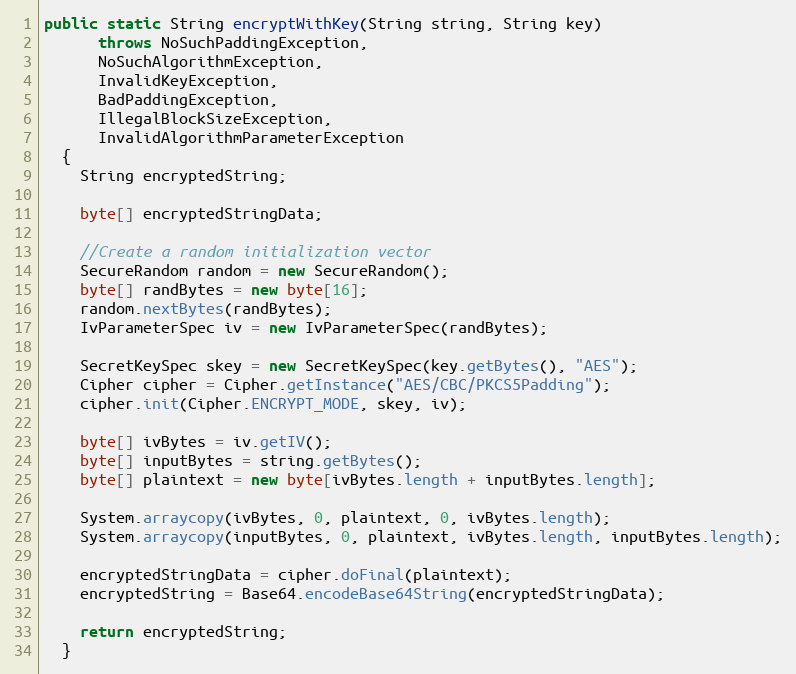
Language: Java
public static String encryptWithKey(String string, String key)
      throws NoSuchPaddingException,
      NoSuchAlgorithmException,
      InvalidKeyException,
      BadPaddingException,
      IllegalBlockSizeException,
      InvalidAlgorithmParameterException
  {
    String encryptedString;

    byte[] encryptedStringData;

    //Create a random initialization vector
    SecureRandom random = new SecureRandom();
    byte[] randBytes = new byte[16];
    random.nextBytes(randBytes);
    IvParameterSpec iv = new IvParameterSpec(randBytes);

    SecretKeySpec skey = new SecretKeySpec(key.getBytes(), "AES");
    Cipher cipher = Cipher.getInstance("AES/CBC/PKCS5Padding");
    cipher.init(Cipher.ENCRYPT_MODE, skey, iv);

    byte[] ivBytes = iv.getIV();
    byte[] inputBytes = string.getBytes();
    byte[] plaintext = new byte[ivBytes.length + inputBytes.length];

    System.arraycopy(ivBytes, 0, plaintext, 0, ivBytes.length);
    System.arraycopy(inputBytes, 0, plaintext, ivBytes.length, inputBytes.length);

    encryptedStringData = cipher.doFinal(plaintext);
    encryptedString = Base64.encodeBase64String(encryptedStringData);

    return encryptedString;
  }